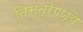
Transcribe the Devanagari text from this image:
निस्त्रैगुण्ये